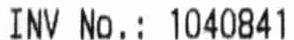
INV NO.: 1040841